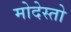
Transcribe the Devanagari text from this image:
मोदेस्तो